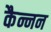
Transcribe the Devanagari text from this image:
कैन्नन